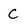
Character: C